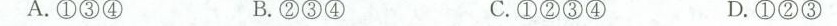
A.①③④ B.②③④ C.①②③④ D.①②③